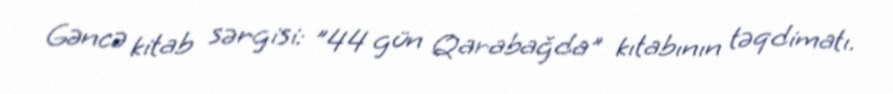
Gəncə kitab sərgisi: "44 gün Qarabağda" kıtabının təqdimatı.